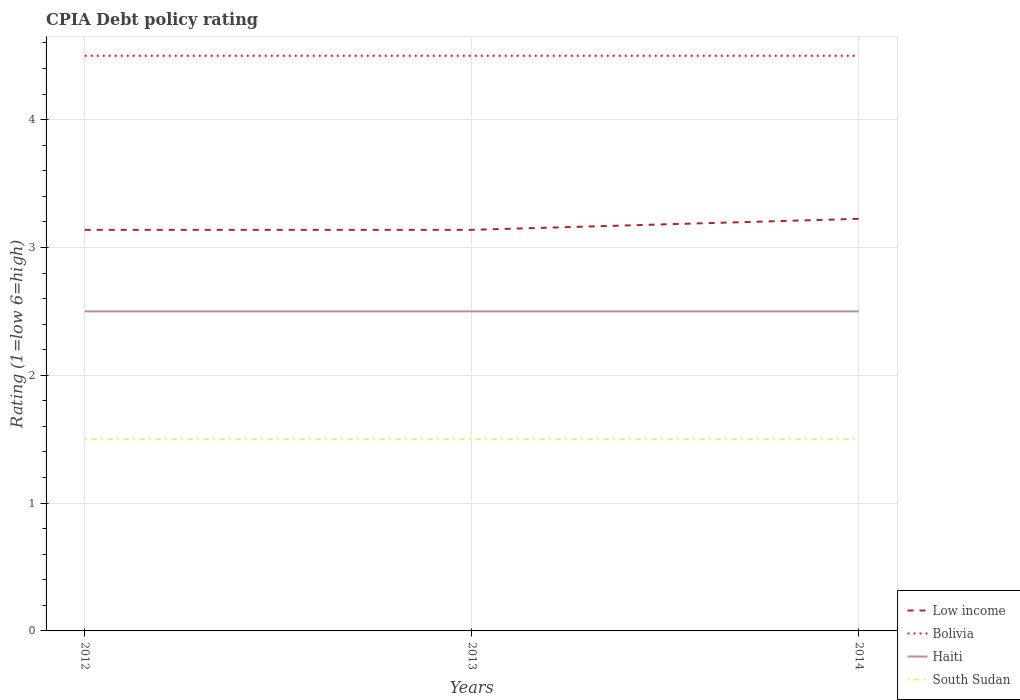
| Years | Low income | Bolivia | Haiti | South Sudan |
 | --- | --- | --- | --- | --- |
 | 2012 | 3.14 | 4.5 | 2.5 | 1.5 |
 | 2013 | 3.14 | 4.5 | 2.5 | 1.5 |
 | 2014 | 3.22 | 4.5 | 2.5 | 1.5 |